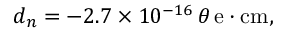
\begin{array} { r } { d _ { n } = - 2 . 7 \times 1 0 ^ { - 1 6 } \, \theta \ensuremath { \, \mathrm { e \cdot c m } } , } \end{array}